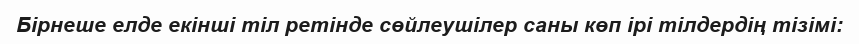
Бірнеше елде екінші тіл ретінде сөйлеушілер саны көп ірі тілдердің тізімі: